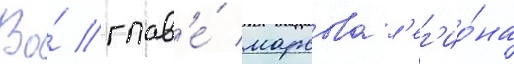
Во́ глав'е́ марсова л'ег'ио́на